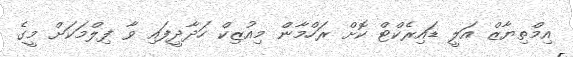
އިމްތިޔާޒް އަލީ ޑައިރެކްޓް ކޮށް ރަހްމާން މިއުޒިކް ހަދާދީފައި ވާ ފިލްމަކަށް މީގެ